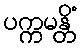
ပက္ကမန္တိံ